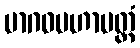
မာဂဓမဟာမတ္တံ